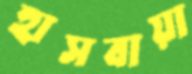
হাসবায়া